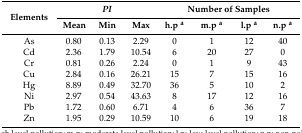
<table><thead><tr><td rowspan="2"><b>Elements</b></td><td colspan="3"><b><i>PI</i></b></td><td colspan="4"><b>Number of Samples</b></td></tr><tr><td><b>Mean</b></td><td><b>Min</b></td><td><b>Max</b></td><td><b>h.p <sup>a</sup></b></td><td><b>m.p <sup>a</sup></b></td><td><b>l.p <sup>a</sup></b></td><td><b>n.p <sup>a</sup></b></td></tr></thead><tbody><tr><td>As</td><td>0.80</td><td>0.13</td><td>2.29</td><td>0</td><td>1</td><td>12</td><td>40</td></tr><tr><td>Cd</td><td>2.36</td><td>1.79</td><td>10.54</td><td>6</td><td>20</td><td>27</td><td>0</td></tr><tr><td>Cr</td><td>0.81</td><td>0.26</td><td>2.24</td><td>0</td><td>1</td><td>9</td><td>43</td></tr><tr><td>Cu</td><td>2.84</td><td>0.16</td><td>26.21</td><td>15</td><td>7</td><td>15</td><td>16</td></tr><tr><td>Hg</td><td>8.89</td><td>0.49</td><td>32.70</td><td>36</td><td>5</td><td>10</td><td>2</td></tr><tr><td>Ni</td><td>2.97</td><td>0.54</td><td>43.63</td><td>8</td><td>17</td><td>12</td><td>16</td></tr><tr><td>Pb</td><td>1.72</td><td>0.60</td><td>6.71</td><td>4</td><td>6</td><td>36</td><td>7</td></tr><tr><td>Zn</td><td>1.95</td><td>0.29</td><td>10.59</td><td>10</td><td>6</td><td>19</td><td>18</td></tr></tbody></table>